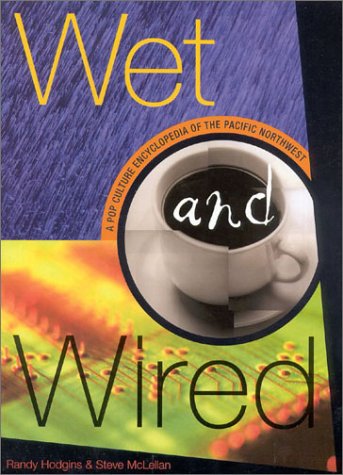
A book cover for Wet and Wired: A Pop Culture Encyclopedia of the Pacific Northwest; Randy Hodgins; Humor & Entertainment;